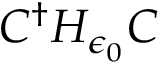
C ^ { \dagger } H _ { \epsilon _ { 0 } } C